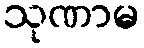
သုဏာမ